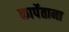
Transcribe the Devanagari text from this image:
कार्पेताना